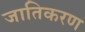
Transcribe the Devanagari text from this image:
जातिकरण